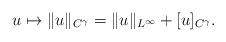
LaTeX: \begin{align*}u \mapsto \|u\|_{C^{\gamma } }=\|u\|_{L^\infty }+[u]_{C^{\gamma } }.\end{align*}